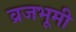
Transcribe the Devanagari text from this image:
व्रजभूमी